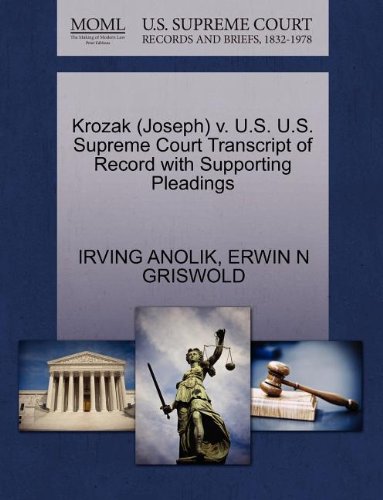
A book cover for Krozak (Joseph) v. U.S. U.S. Supreme Court Transcript of Record with Supporting Pleadings; IRVING ANOLIK; Law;